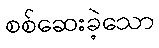
စစ်ဆေးခဲ့သော